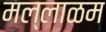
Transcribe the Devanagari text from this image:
मल्लाळम